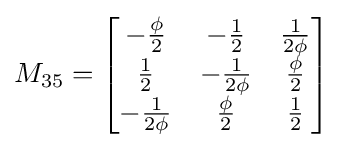
M_{35}={\begin{bmatrix}-{\frac {\phi }{2}}&-{\frac {1}{2}}&{\frac {1}{2\phi }}\\{\frac {1}{2}}&-{\frac {1}{2\phi }}&{\frac {\phi }{2}}\\-{\frac {1}{2\phi }}&{\frac {\phi }{2}}&{\frac {1}{2}}\end{bmatrix}}